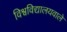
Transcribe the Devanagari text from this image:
विश्वविद्यालयवाले